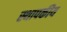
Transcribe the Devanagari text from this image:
स्थापकीय